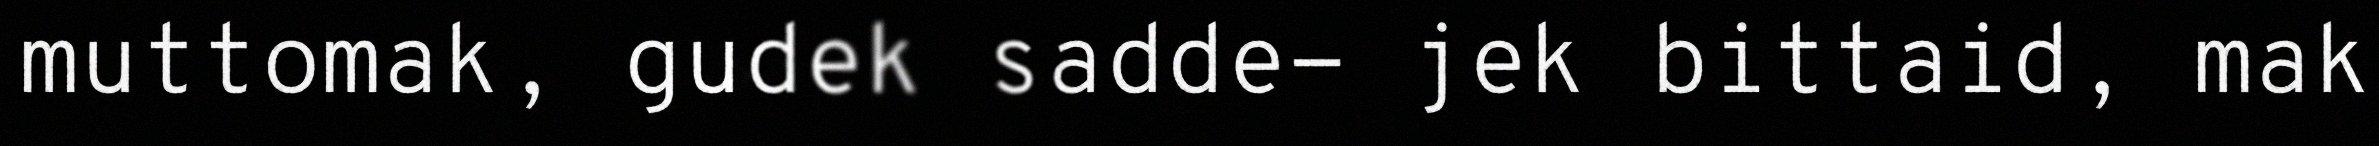
muttomak, gudek sadde- jek bittaid, mak